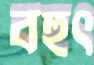
বহুৎ